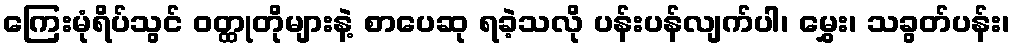
ကြေးမုံရိပ်သွင် ဝတ္ထုတိုများနဲ့ စာပေဆု ရခဲ့သလို ပန်းပန်လျက်ပါ၊ မွှေး၊ သခွတ်ပန်း၊